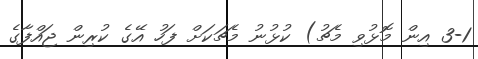
3-1 އިން މޮޅުވި މެޗު) ކުޅުނު މެޗަކަށް ފަހު އޭގެ ކުރިން ޖައްފާގެ